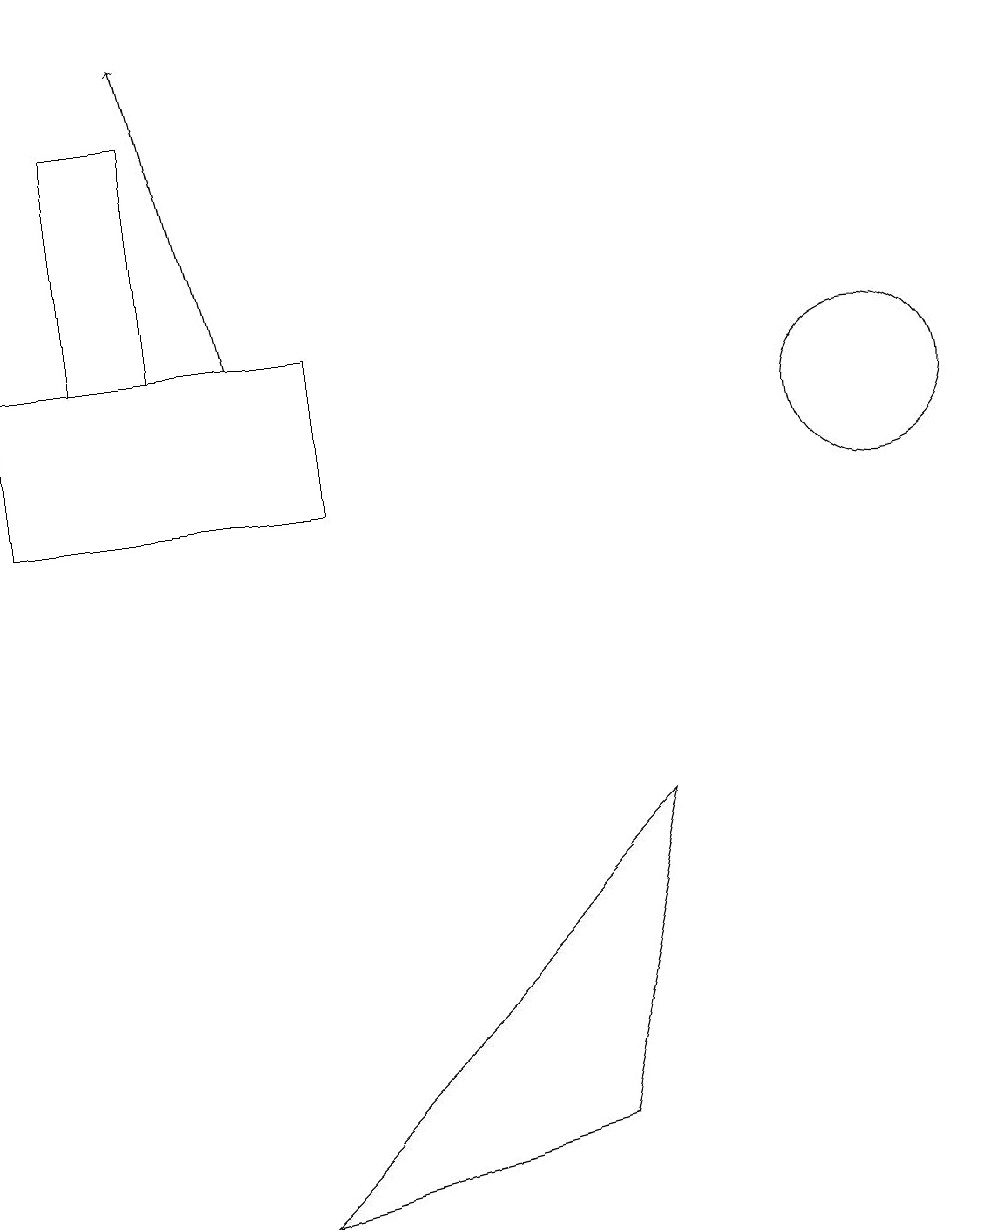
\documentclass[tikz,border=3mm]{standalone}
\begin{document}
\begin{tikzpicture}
\draw[->] (3,13) -- (2,17);
\draw (0,13) rectangle (4,11);
\draw (8,7) -- (7,3) -- (3,2) -- cycle;
\draw (1,13) rectangle (2,16);
\draw (11,12) circle (1);
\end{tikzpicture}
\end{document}